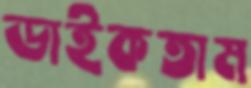
ডাইকতাম